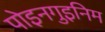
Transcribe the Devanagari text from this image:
पोइनगुइनिम